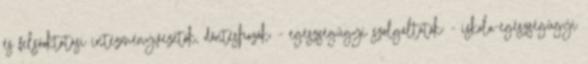
és felsőoktatási intézményvezetők, döntéshozók; - egészségügyi szolgáltatók; - iskola-egészségügyi